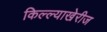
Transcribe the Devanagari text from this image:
किल्ल्याखेरीज